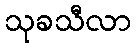
သုခသီလာ